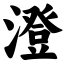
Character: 澄